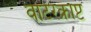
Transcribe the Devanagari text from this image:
वाटरक्राप्ट